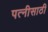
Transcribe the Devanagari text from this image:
पत्नीसाठी